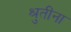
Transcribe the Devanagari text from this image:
श्रुतींना